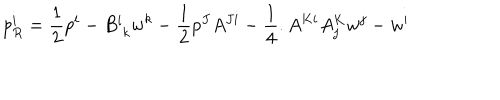
LaTeX: p _ { R } ^ { i } = \frac { 1 } { 2 } p ^ { i } - B _ { \; k } ^ { i } w ^ { k } - \frac { 1 } { 2 } p ^ { J } A ^ { J i } - \frac { 1 } { 4 } . A ^ { K i } A _ { j } ^ { K } w ^ { j } - w ^ { i }